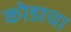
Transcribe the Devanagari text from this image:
कोडाचा